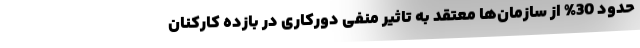
حدود 30% از سازمان‌ها معتقد به تاثیر منفی دورکاری در بازده کارکنان